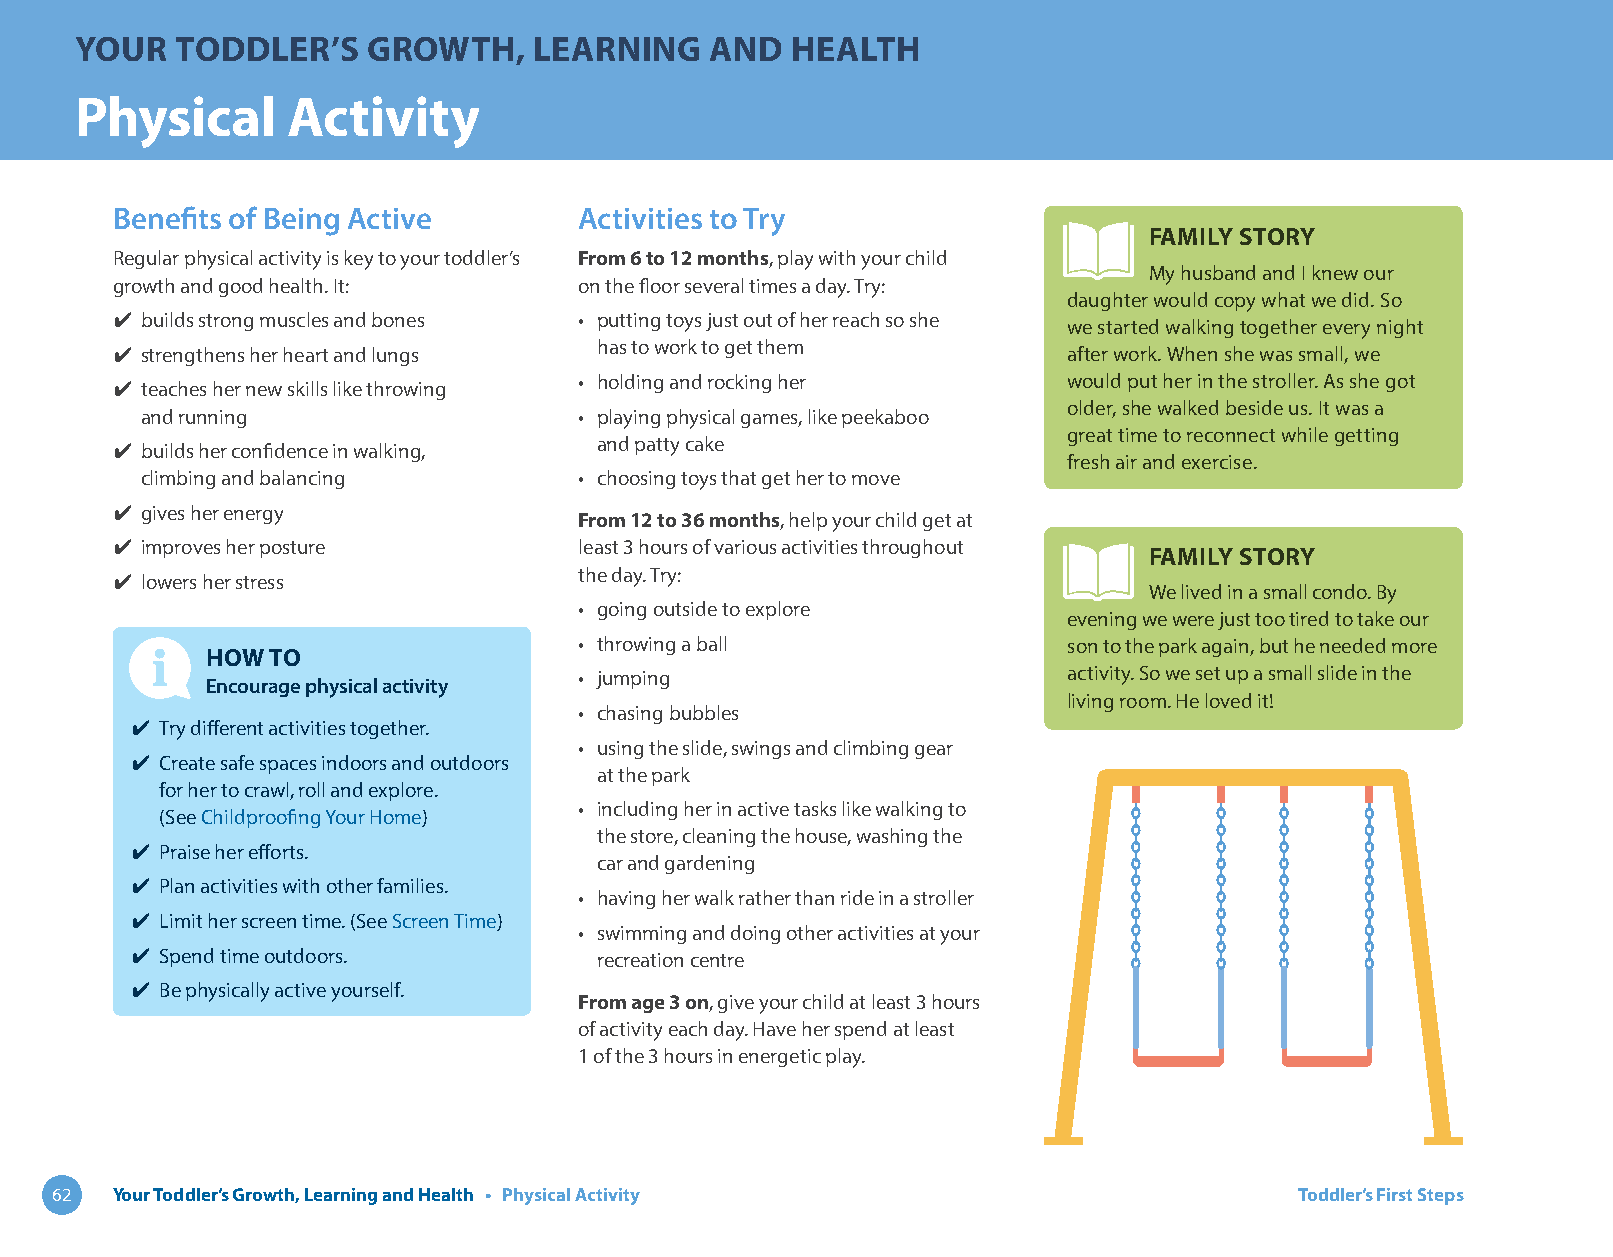
YOUR   TODDLER’S   GROWTH,    LEARNING    AND  HEALTH
 Physical      Activity
 Benefits of Being Active       Activities to Try
 FAMILY STORY
 Regular physical activity is key to your toddler’s From 6 to 12 months, play with your child
 My husband and I knew our
 growth and good health. It:    on the floor several times a day. Try:
 daughter would copy what we did. So
 ✔ builds strong muscles and bones • putting toys just out of her reach so she
 we started walking together every night
 ✔ strengthens her heart and lungs has to work to get them      after work. When she was small, we
 ✔ teaches her new skills like throwing • holding and rocking her would put her in the stroller. As she got
 older, she walked beside us. It was a
 and running                  • playing physical games, like peekaboo
 great time to reconnect while getting
 ✔ builds her confidence in walking, and patty cake
 fresh air and exercise.
 climbing and balancing       • choosing toys that get her to move
 ✔ gives her energy
 From 12 to 36 months, help your child get at
 ✔ improves her posture        least 3 hours of various activities throughout
 FAMILY STORY
 ✔ lowers her stress           the day. Try:
 We lived in a small condo. By
 • going outside to explore
 evening we were just too tired to take our
 • throwing a ball                son to the park again, but he needed more
 HOW TO
 • jumping                        activity. So we set up a small slide in the
 Encourage physical activity
 living room. He loved it!
 • chasing bubbles
 ✔ Try different activities together.
 • using the slide, swings and climbing gear
 ✔ Create safe spaces indoors and outdoors
 at the park
 for her to crawl, roll and explore.
 • including her in active tasks like walking to
 (See Childproofing Your Home)
 the store, cleaning the house, washing the
 ✔ Praise her efforts.
 car and gardening
 ✔ Plan activities with other families.
 • having her walk rather than ride in a stroller
 ✔ Limit her screen time. (See Screen Time)
 • swimming and doing other activities at your
 ✔ Spend time outdoors.         recreation centre
 ✔ Be physically active yourself.
 From age 3 on, give your child at least 3 hours
 of activity each day. Have her spend at least
 1 of the 3 hours in energetic play.
 62  Your Toddler’s Growth, Learning and Health • Physical Activity                 Toddler’s First Steps